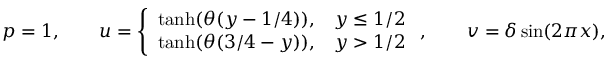
p = 1 , \qquad u = \left\{ \begin{array} { l l } { \operatorname { t a n h } ( \theta ( y - 1 / 4 ) ) , } & { y \leq 1 / 2 } \\ { \operatorname { t a n h } ( \theta ( 3 / 4 - y ) ) , } & { y > 1 / 2 } \end{array} \right. , \qquad v = \delta \sin ( 2 \pi x ) ,